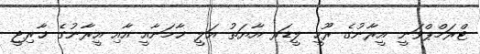
ޓްރަމްޕްވަނީ އީރާނުގެ ރޫހީ ލީޑަރ އާޔަތު އަލީ ޚާމަނާއީ އާއި އީރާނުގެ ޚާރިޖީ